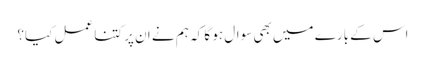
اس کے بارے میں بھی سوال ہو گا کہ ہم نے ان پر کتنا عمل کیا؟